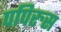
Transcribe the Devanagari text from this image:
पपिरुस